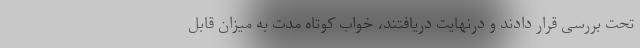
تحت بررسی قرار دادند و درنهایت دریافتند، خواب کوتاه مدت به میزان قابل